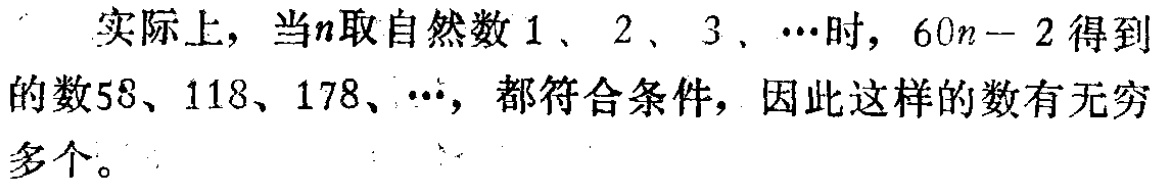
实际上，当\(n\)取自然数\(1\)、\(2\)、\(3\)、\(\cdots\)时，\(60n - 2\)得到的数\(58\)、\(118\)、\(178\)、\(\cdots\)，都符合条件，因此这样的数有无穷多个。